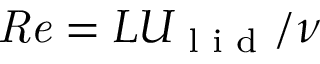
\mathit { R e } = L U _ { \textrm { l i d } } / \nu